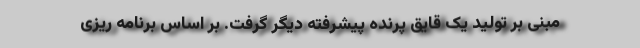
مبنی بر تولید یک قایق پرنده پیشرفته دیگر گرفت. بر اساس برنامه ریزی